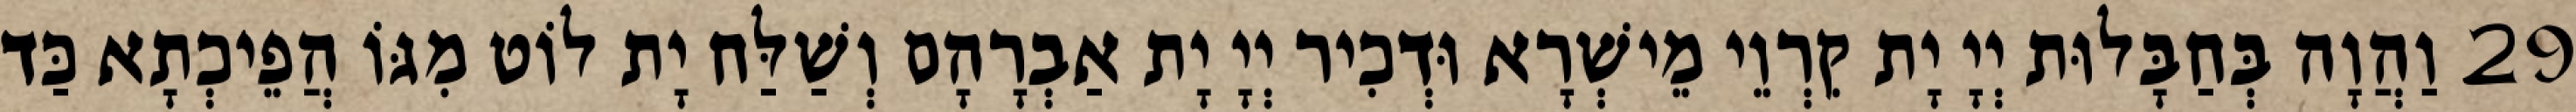
29 וַהֲוָה בְּחַבָּלוּת יְיָ יָת קִרְוֵי מֵישְׁרָא וּדְכִיר יְיָ יָת אַבְרָהָם וְשַׁלַּח יָת לוֹט מִגּוֹ הֲפֵיכְתָא כַּד